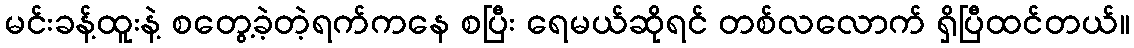
မင်းခန့်ထူးနဲ့ စတွေ့ခဲ့တဲ့ရက်ကနေ စပြီး ရေမယ်ဆိုရင် တစ်လလောက် ရှိပြီထင်တယ်။